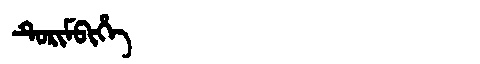
Manchu: ᡨᡠᡵᡳᠮᠪᡳᡥᡝ
Romanization: TURIMBIHE